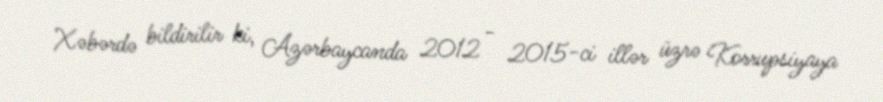
Xəbərdə bildirilir ki, Azərbaycanda 2012 - 2015-ci illər üzrə Korrupsiyaya